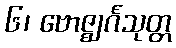
၆၊ ဗောဇ္ဈင်္ဂသုတ္တ